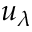
u _ { \lambda }